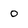
Character: 0